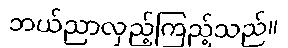
ဘယ်ညာလှည့်ကြည့်သည်။